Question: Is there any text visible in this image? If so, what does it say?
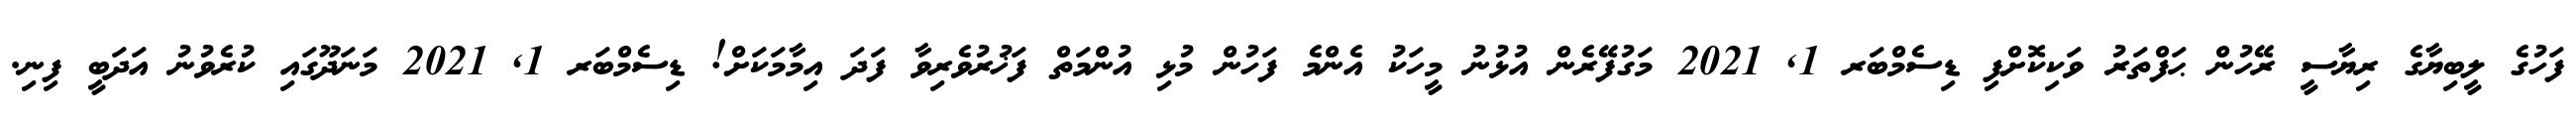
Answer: ފަހުގެ ލީބިޔާގެ ރިޔާސީ ރޭހުން ޙަފްތަރު ވަކިކޮށްފި ޑިސެމްބަރ 1, 2021 މަގުފޭރެން އުޅުނު މީހަކު އެންމެ ފަހުން މުޅި އުންމަތް ފަޚުރުވެރިވާ ފަދަ އިމާމަކަށް! ޑިސެމްބަރ 1, 2021 މަނަދޫގައި ކުރެވުނު އަދަބީ ފިނި.